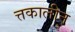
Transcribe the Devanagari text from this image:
त्तकालीन